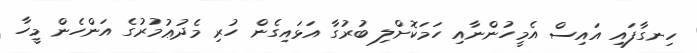
ހިނގާފައި އައިސް އެމީހުންނާއި ހަމަކޮށްލި ބުރުގާ އަޅައިގެން ހުރި މެދުޢުމުރުގެ އަންހެން މީހާ